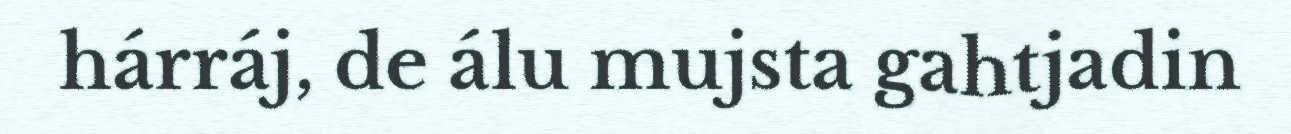
hárráj, de álu mujsta gahtjadin